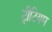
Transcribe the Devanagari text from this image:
ट्रीटियम